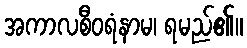
အကာလစီဝရံနာမ၊ ရမည်၏။